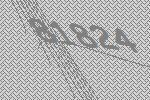
81824